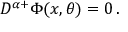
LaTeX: { \cal D } ^ { \alpha + } \Phi ( x , \theta ) = 0 \, .